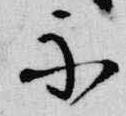
示